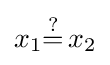
x_{1}{\stackrel {?}{=}}\,x_{2}